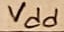
Text: Vdd